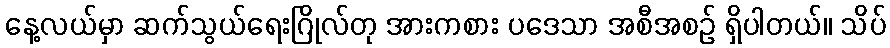
နေ့လယ်မှာ ဆက်သွယ်ရေးဂြိုလ်တု အားကစား ပဒေသာ အစီအစဉ် ရှိပါတယ်။ သိပ်